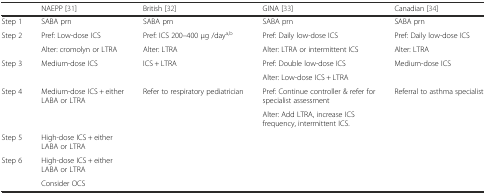
|  | NAEPP [31] | British [32] | GINA [33] | Canadian [34] |
 | --- | --- | --- | --- | --- |
 | Step 1 | SABA prn | SABA prn | SABA prn | SABA prn |
 | <ROWSPAN=2> Step 2 | Pref: Low-dose ICS | Pref: ICS 200–400 μg /daya,b | Pref: Daily low-dose ICS | Pref: Daily low-dose ICS |
 | Alter: cromolyn or LTRA | Alter: LTRA | Alter: LTRA or intermittent ICS | Alter: LTRA |
 | <ROWSPAN=2> Step 3 | <ROWSPAN=2> Medium-dose ICS | <ROWSPAN=2> ICS + LTRA | Pref: Double low-dose ICS | <ROWSPAN=2> Medium-dose ICS |
 | Alter: Low-dose ICS + LTRA |
 | <ROWSPAN=2> Step 4 | <ROWSPAN=2> Medium-dose ICS + either LABA or LTRA | <ROWSPAN=2> Refer to respiratory pediatrician | Pref: Continue controller & refer for specialist assessment | <ROWSPAN=2> Referral to asthma specialist |
 | Alter: Add LTRA, increase ICS frequency, intermittent ICS. |
 | Step 5 | High-dose ICS + either LABA or LTRA |  |  |  |
 | <ROWSPAN=2> Step 6 | High-dose ICS + either LABA or LTRA | <ROWSPAN=2>  | <ROWSPAN=2>  | <ROWSPAN=2>  |
 | Consider OCS |